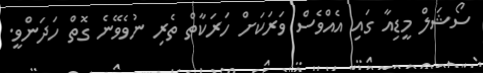
ސޯޝަލް މީޑިއާ ގައި އެއްވެސް ވަރަކަށް ހަރަކާތް ތެރި ނުވެވޭނެ ގޮތް ހަދަންވީ.